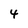
Character: 4